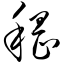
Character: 稽